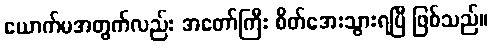
ယောက်မအတွက်လည်း အတော်ကြီး စိတ်အေးသွားရပြီ ဖြစ်သည်။